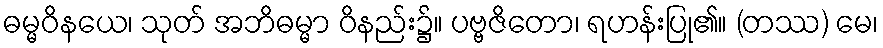
ဓမ္မဝိနယေ၊ သုတ် အဘိဓမ္မာ ဝိနည်း၌။ ပဗ္ဗဇိတော၊ ရဟန်းပြု၏။ (တဿ) မေ၊